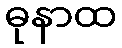
ဓုနာထ